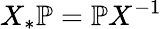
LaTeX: X_{*}\mathbb{P}=\mathbb{P}X^{-1}